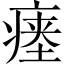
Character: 瘗